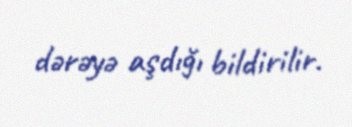
dərəyə aşdığı bildirilir.